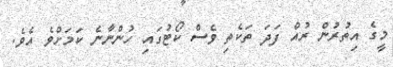
މީގެ އިތުރުން ރުއް ފަދަ ތަކެތި ވެސް ކޯޓުގައި ހުންނާނެ ކަމަށްވެ އެވެ.